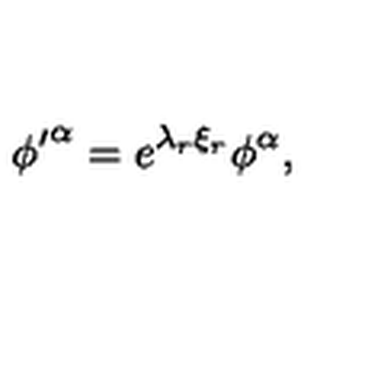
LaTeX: { \phi ^ { \prime } } ^ { \alpha } = e ^ { { \lambda } _ { r } { \xi } _ { r } } { \phi } ^ { \alpha } ,